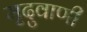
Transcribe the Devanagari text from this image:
मृदुवाणी